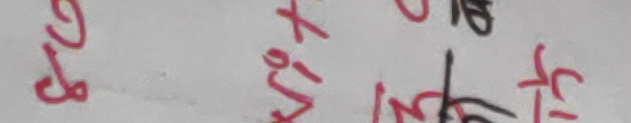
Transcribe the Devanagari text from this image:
९२८ तिस को कस